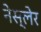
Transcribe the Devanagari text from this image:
नेस्लेर